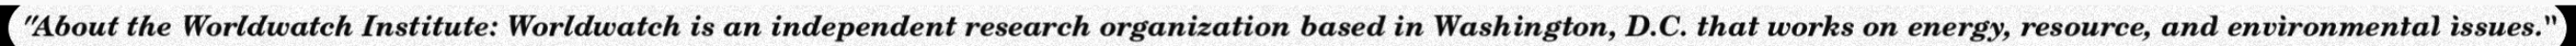
"About the Worldwatch Institute: Worldwatch is an independent research organization based in Washington, D.C. that works on energy, resource, and environmental issues."